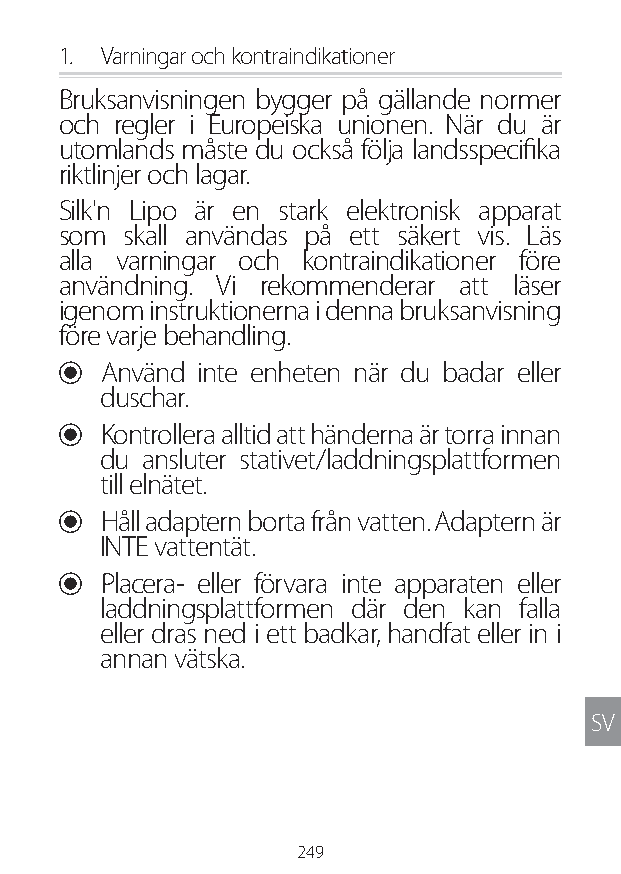
1. Varningar och kontraindikationer
 Bruksanvisningen bygger på gällande normer
 och regler i Europeiska unionen. När du är
 utomlands måste du också följa landsspecifika
 riktlinjer och lagar.
 Silk'n Lipo är en stark elektronisk apparat
 som skall användas på ett säkert vis. Läs
 alla varningar och kontraindikationer före
 användning. Vi rekommenderar att läser
 igenom instruktionerna i denna bruksanvisning
 före varje behandling.
 U Använd inte enheten när du badar eller
 duschar.
 U Kontrollera alltid att händerna är torra innan
 du ansluter stativet/laddningsplattformen
 till elnätet.
 U Håll adaptern borta från vatten. Adaptern är
 INTE vattentät.
 U Placera- eller förvara inte apparaten eller
 laddningsplattformen där den kan falla
 eller dras ned i ett badkar, handfat eller in i
 annan vätska.
 SV
 249
 Lipo UM EU124 3545B inside ALL EU124 ED296-24 release.indd 249 14/08/2018 10:57:48